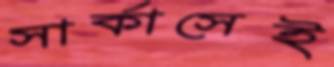
সার্কাসেই